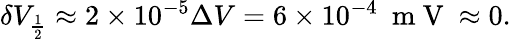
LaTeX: \begin{array}{r}{\delta V_{\frac{1}{2}}\approx 2\times 10^{-5}\Delta V=6\times 10^{-4}~\mathrm{~m~V~}\approx 0.}\end{array}